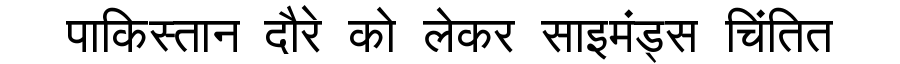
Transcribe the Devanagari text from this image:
पाकिस्तान दौरे को लेकर साइमंड्स चिंतित